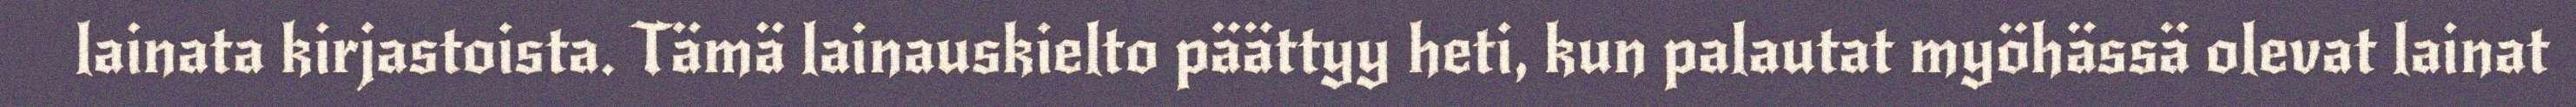
lainata kirjastoista. Tämä lainauskielto päättyy heti, kun palautat myöhässä olevat lainat